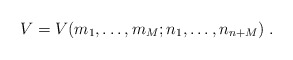
\begin{align*}V=V(m_1,\dots ,m_M ;n_1,\dots ,n_{n+M})\; .\end{align*}